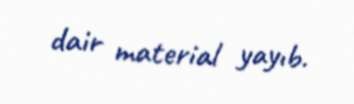
dair material yayıb.